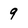
Character: 9